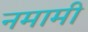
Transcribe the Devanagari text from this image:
नमामी